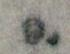
9.